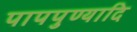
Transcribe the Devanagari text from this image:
पापपुण्यादि